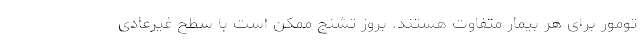
تومور برای هر بیمار متفاوت هستند. بروز تشنج ممکن است با سطح غیرعادی